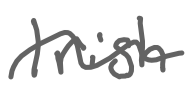
Text: Irish
Cross-out: wave
Writing tool: digital_gray